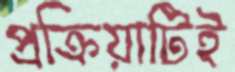
প্রক্রিয়াটিই